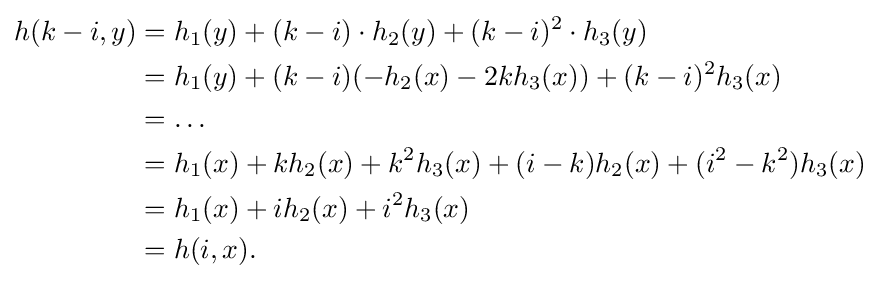
{\begin{aligned}h(k-i,y)&=h_{1}(y)+(k-i)\cdot h_{2}(y)+(k-i)^{2}\cdot h_{3}(y)\\&=h_{1}(y)+(k-i)(-h_{2}(x)-2kh_{3}(x))+(k-i)^{2}h_{3}(x)\\&=\ldots \\&=h_{1}(x)+kh_{2}(x)+k^{2}h_{3}(x)+(i-k)h_{2}(x)+(i^{2}-k^{2})h_{3}(x)\\&=h_{1}(x)+ih_{2}(x)+i^{2}h_{3}(x)\\&=h(i,x).\\\end{aligned}}